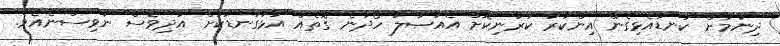
ދިނުމަށް ކަނޑައެޅިގެން އިންކާރު ކުރަނިކޮށް އެއަޞްލު ހޯދާނެ ގޮތެއް އަޅުގަނޑަކަށް އަދިވެސް ނުވިސްނެއެވެ.